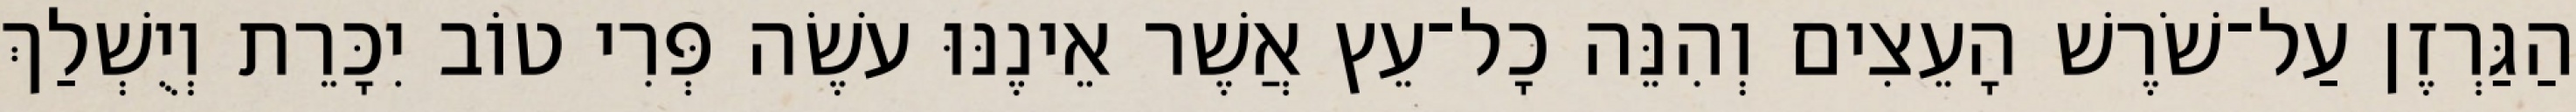
הַגַּרְזֶן עַל־שֹׁרֶשׁ הָעֵצִים וְהִנֵּה כָל־עֵץ אֲשֶׁר אֵינֶנּוּ עֹשֶׂה פְּרִי טוֹב יִכָּרֵת וְיֻשְׁלַךְ